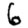
Digit: 6